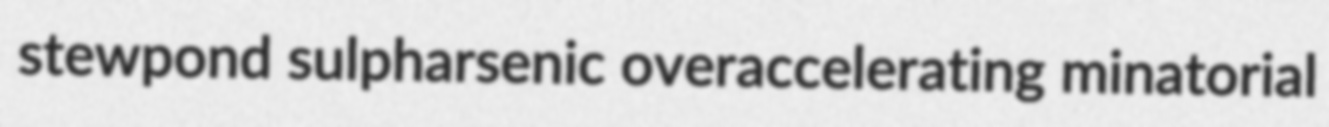
stewpond sulpharsenic overaccelerating minatorial